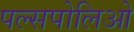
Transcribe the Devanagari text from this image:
पल्सपोलिओ